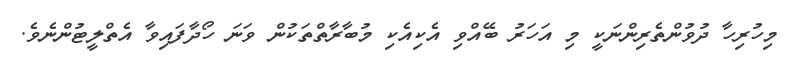
މިހުރިހާ ދުވުންތެރިންނަކީ މި އަހަރު ބޭއްވި އެކިއެކި މުބާރާތްތަކުން ވަނަ ހޯދާފައިވާ އެތްލީޓުންނެވެ.